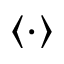
\langle \cdot \rangle